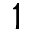
1